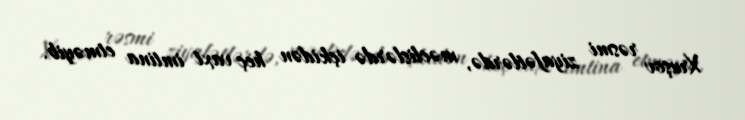
Xruşov rəsmi ziyafətlərdə, məclislərdə içkidən heç vaxt imtina etməyib.